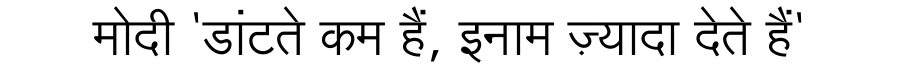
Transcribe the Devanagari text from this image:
मोदी 'डांटते कम हैं, इनाम ज़्यादा देते हैं'